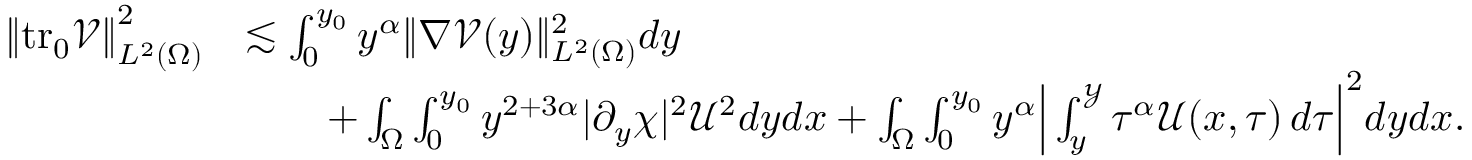
\begin{array} { r l } { \left\| \mathrm { t r _ { 0 } } { \mathcal { V } } \right\| _ { L ^ { 2 } ( \Omega ) } ^ { 2 } } & { \lesssim \int _ { 0 } ^ { y _ { 0 } } y ^ { \alpha } \| \nabla \mathcal { V } ( y ) \| _ { L ^ { 2 } ( \Omega ) } ^ { 2 } d y } \\ & { \qquad + \int _ { \Omega } \int _ { 0 } ^ { y _ { 0 } } y ^ { 2 + 3 \alpha } | \partial _ { y } \chi | ^ { 2 } \mathcal { U } ^ { 2 } d y d x + \int _ { \Omega } \int _ { 0 } ^ { y _ { 0 } } y ^ { \alpha } \Big | \int _ { y } ^ { \mathcal { Y } } { \tau ^ { \alpha } \mathcal { U } ( x , \tau ) \, d \tau } \Big | ^ { 2 } d y d x . } \end{array}